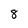
Character: 8